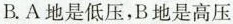
B.A地是低压，B地是高压